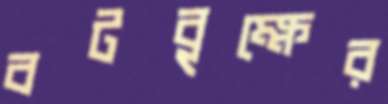
বটবৃক্ষের